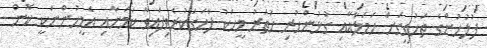
ފުލުހުންގެ ތަހުގީގަށް ހަމަލާއާއި ގުޅުންހުރި ހަތަރު މީހަކު ފާހަގަކުރެވިފައިވާ ކަމަށާއި އެމީހުންނަކީ ކޮން